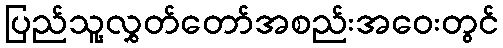
ပြည်သူ့လွှတ်တော်အစည်းအဝေးတွင်